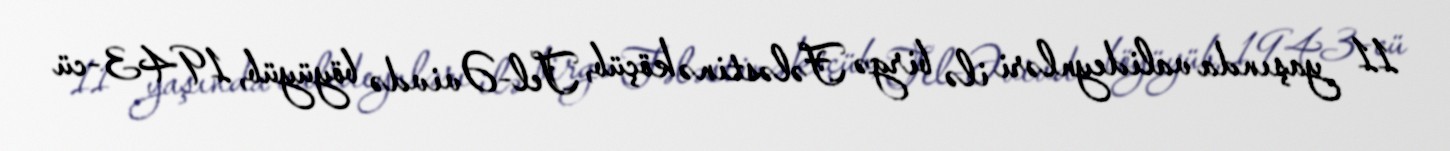
11 yaşında valideynləri ilə birgə Fələstinə köçüb, Tel-Əvivdə böyüyüb, 1943-cü